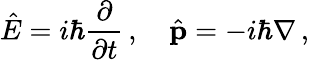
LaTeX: {\hat{E}}=i\hbar{\frac{\partial}{\partial t}}\, ,\quad{\hat{\mathbf{p}}}=-i\hbar\nabla\, ,